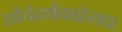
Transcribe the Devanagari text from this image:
शौचेतथैकाहेसद्यः